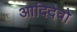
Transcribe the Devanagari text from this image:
आदिदेवो